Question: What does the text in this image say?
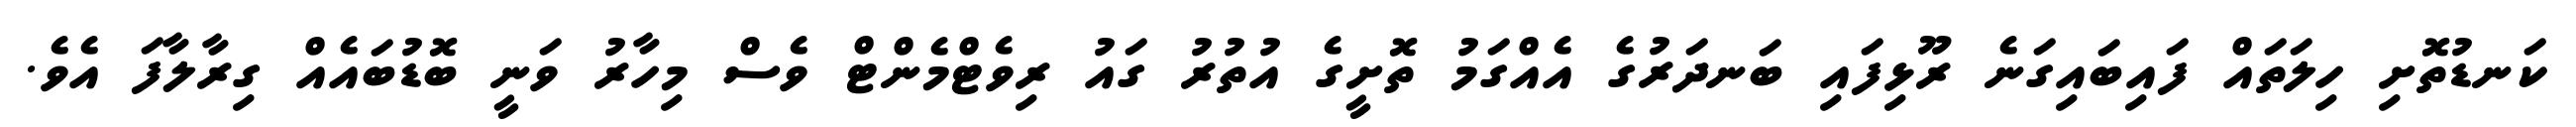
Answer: ކަނޑުތޮށި ހިލަތައް ފައިބައިގަނެ ރޫޅިފައި ބަނދަރުގެ އެއްގަމު ތޮށީގެ އުތުރު ގައު ރިވެޓްމެންޓް ވެސް މިހާރު ވަނީ ބޮޑުބައެއް ގިރާލާފަ އެވެ.